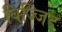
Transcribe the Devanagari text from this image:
बिज्जिद